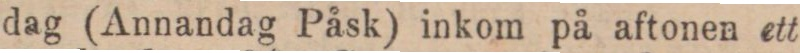
dag (Annandag Påsk) inkom på aftonen ett